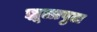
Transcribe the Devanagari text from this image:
झूलापुल